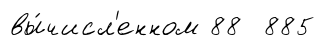
вы́числ'енном 88 885